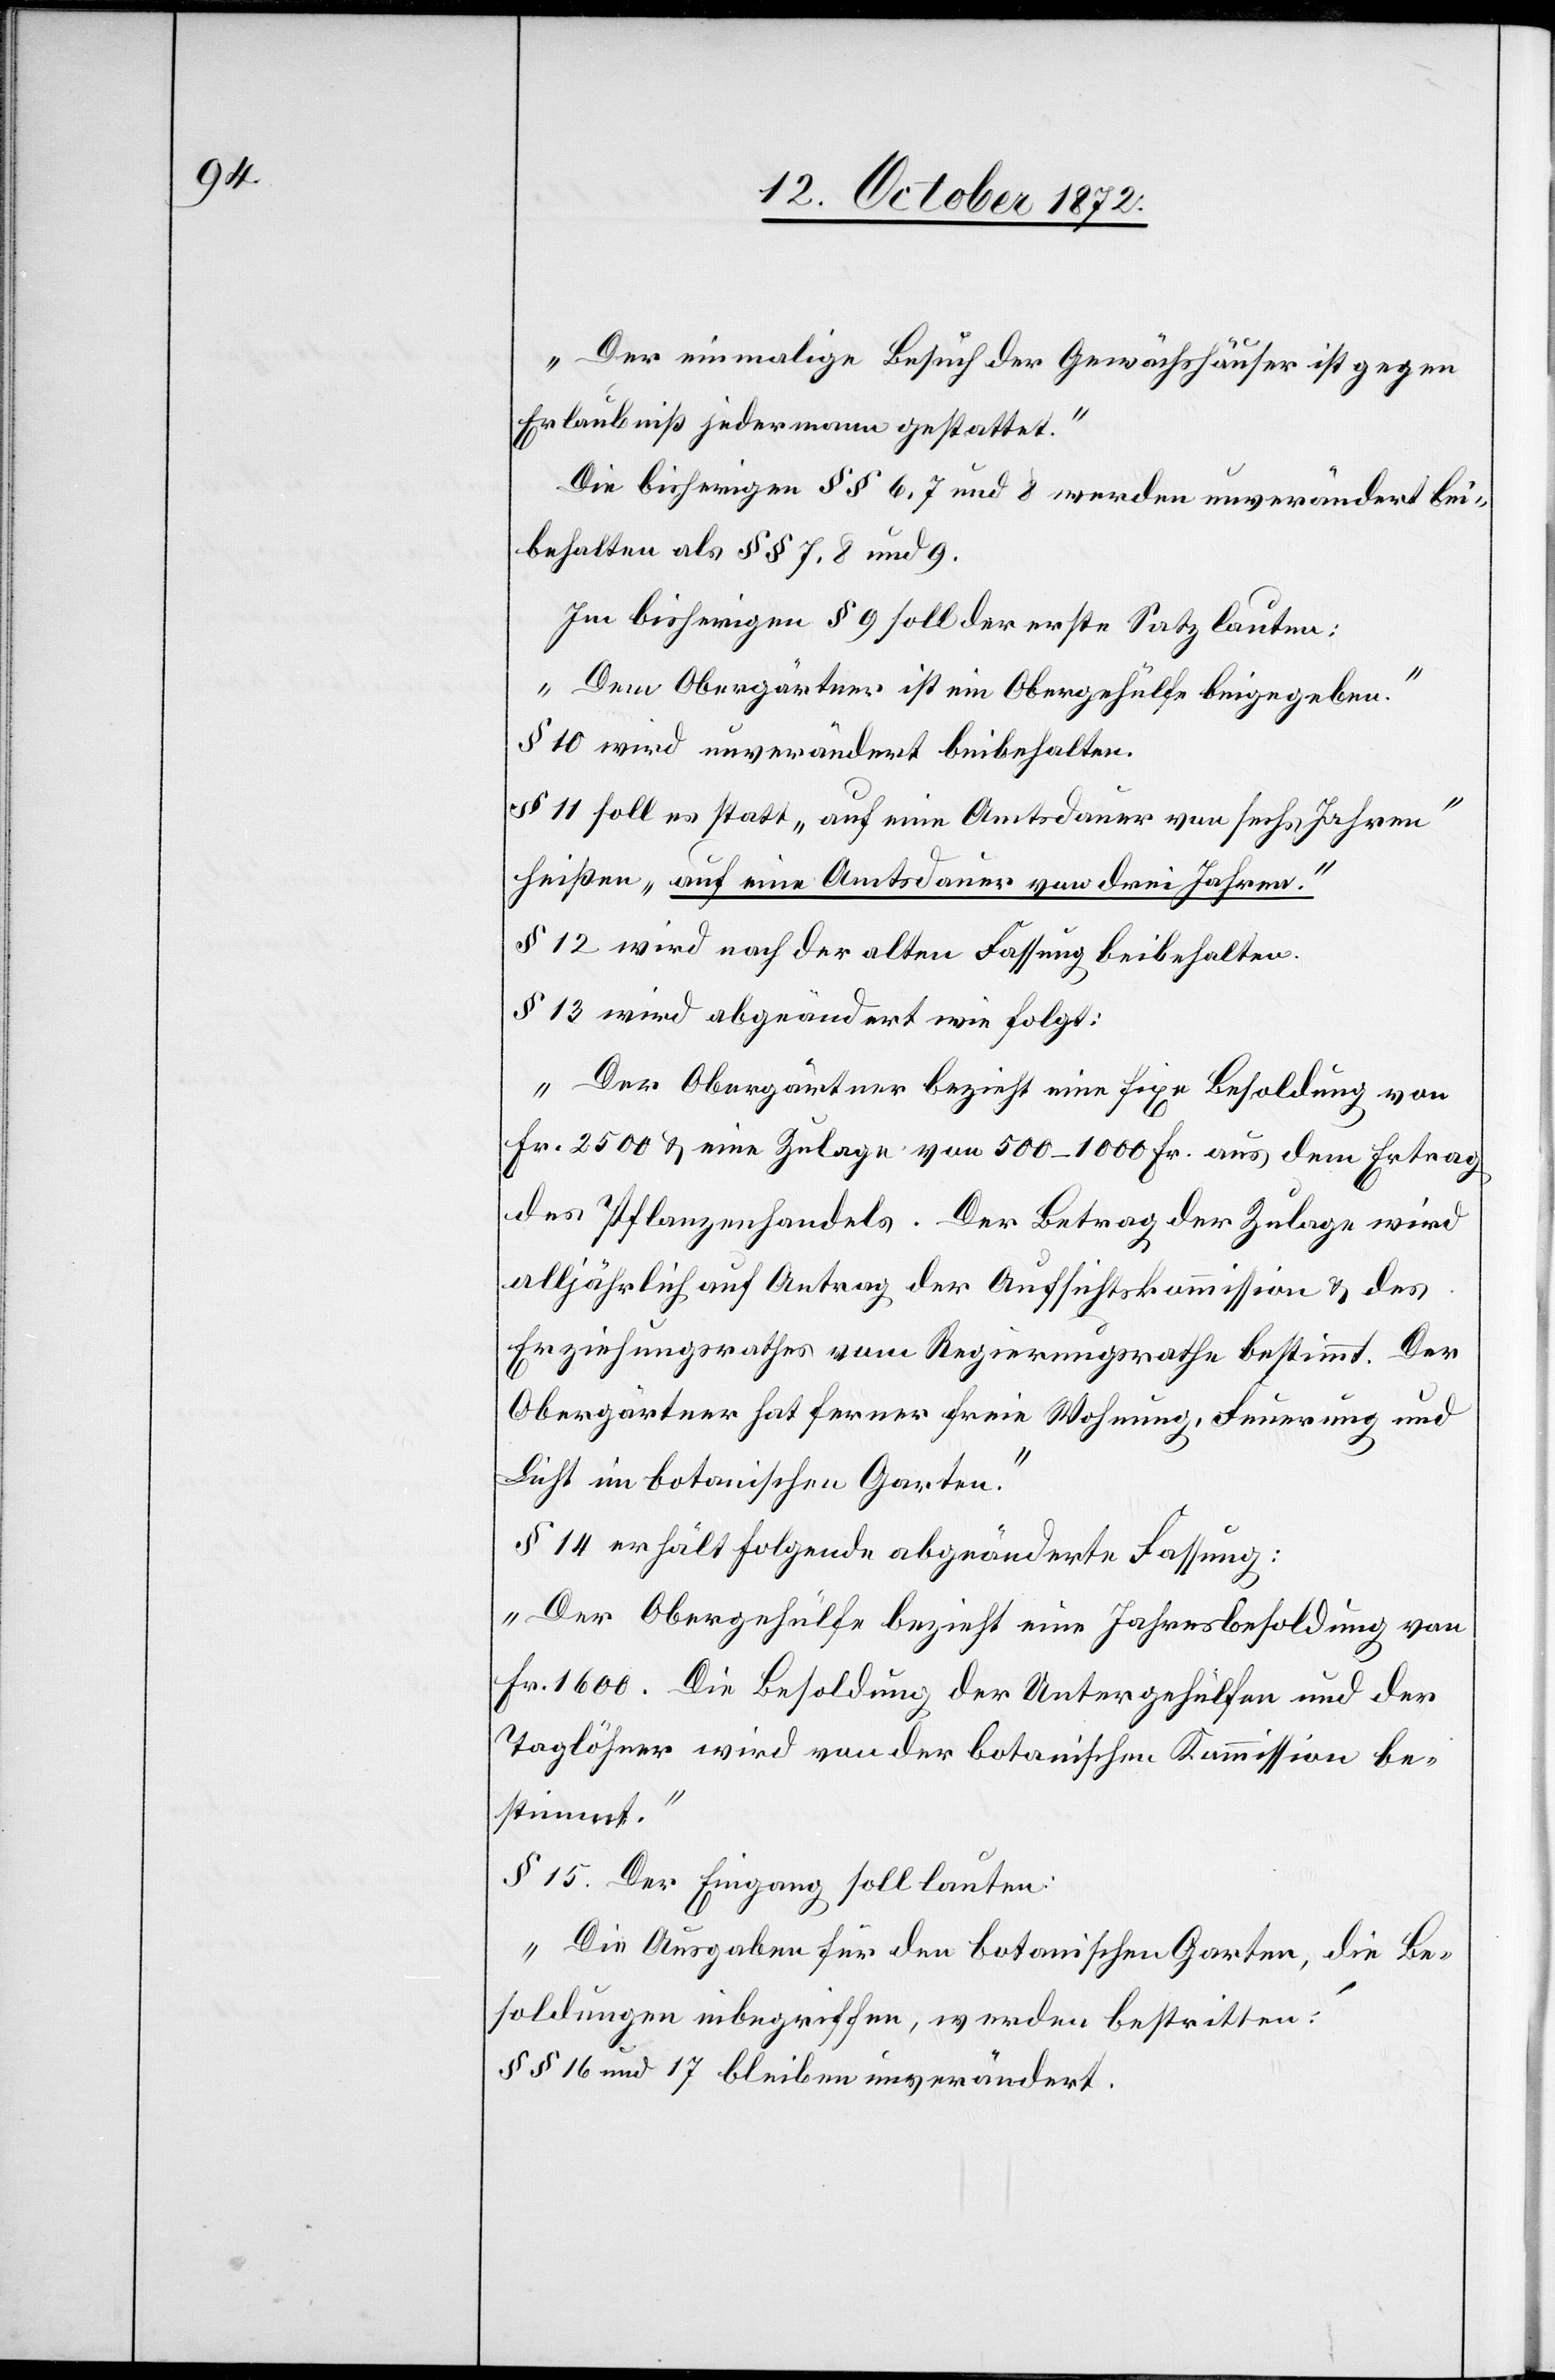
„Der einmalige Besuch der Gewächshäuser ist gegen
Erlaubniß jedermann gestattet.“
Die bisherigen §§ 6, 7 und 8 werden unverändert bei¬
behalten als §§ 7, 8 und 9.
Im bisherigen § 9 soll der erste Satz lauten:
„Dem Obergärtner ist ein Obergehülfe beigegeben.“
§ 10 wird unverändert beibehalten.
§ 11 soll es statt „auf eine Amtsdauer von sechs Jahren“
heißen „auf eine Amtsdauer von drei Jahren.“
§ 12 wird nach der alten Fassung beibehalten.
§ 13 wird abgeändert wie folgt:
„Der Obergärtner bezieht eine fixe Besoldung von
Fr. 2500 u. eine Zulage von 500–1000 Fr. aus dem Ertrag
des Pflanzenhandels. Der Betrag der Zulage wird
alljährlich auf Antrag der Aufsichtskommission u. des
Erziehungsrathes vom Regierungsrathe bestimmt. Der
Obergärtner hat ferner freie Wohnung, Feuerung und
Licht im botanischen Garten.“
§ 14 erhält folgende abgeänderte Fassung:
„Der Obergehülfe bezieht eine Jahresbesoldung von
Fr. 1600. Die Besoldung der Untergehülfen und der
Taglöhner wird von der botanischen Kommission be¬
stimmt.“
§ 15. Der Eingang soll lauten:
„Die Ausgaben für den botanischen Garten, die Be¬
soldungen inbegriffen, werden bestritten:
§§ 16 und 17 bleiben unverändert.